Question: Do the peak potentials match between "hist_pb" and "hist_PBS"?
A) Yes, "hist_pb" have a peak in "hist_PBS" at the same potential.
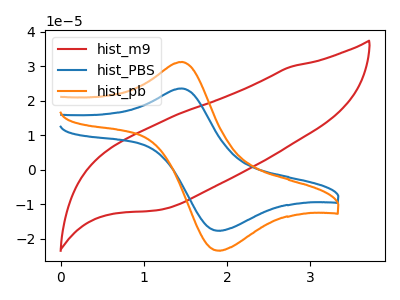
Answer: <think>The red curve "hist_m9" has no peaks. The blue curve "hist_PBS" has an anodic peak at (1.45V, 23.55uA) and a cathodic peak at (1.90V, -17.65uA). The orange curve "hist_pb" has an anodic peak at (1.45V, 31.20uA) and a cathodic peak at (1.90V, -23.40uA).</think>
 <answer>A) Yes, "hist_pb" have a peak in "hist_PBS" at the same potential.</answer>
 <eval>A</eval>